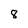
Character: 8